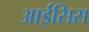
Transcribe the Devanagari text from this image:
आईसिस